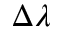
\Delta \lambda